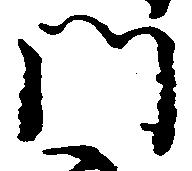
門